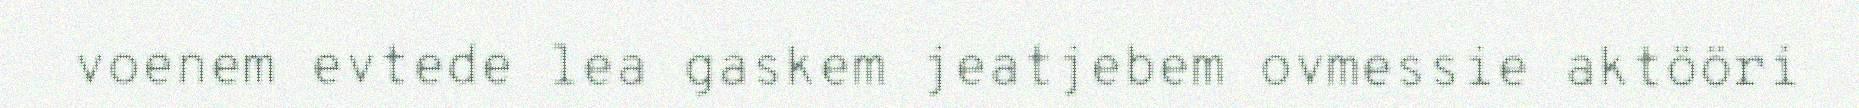
voenem evtede lea gaskem jeatjebem ovmessie aktööri